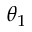
\theta _ { 1 }